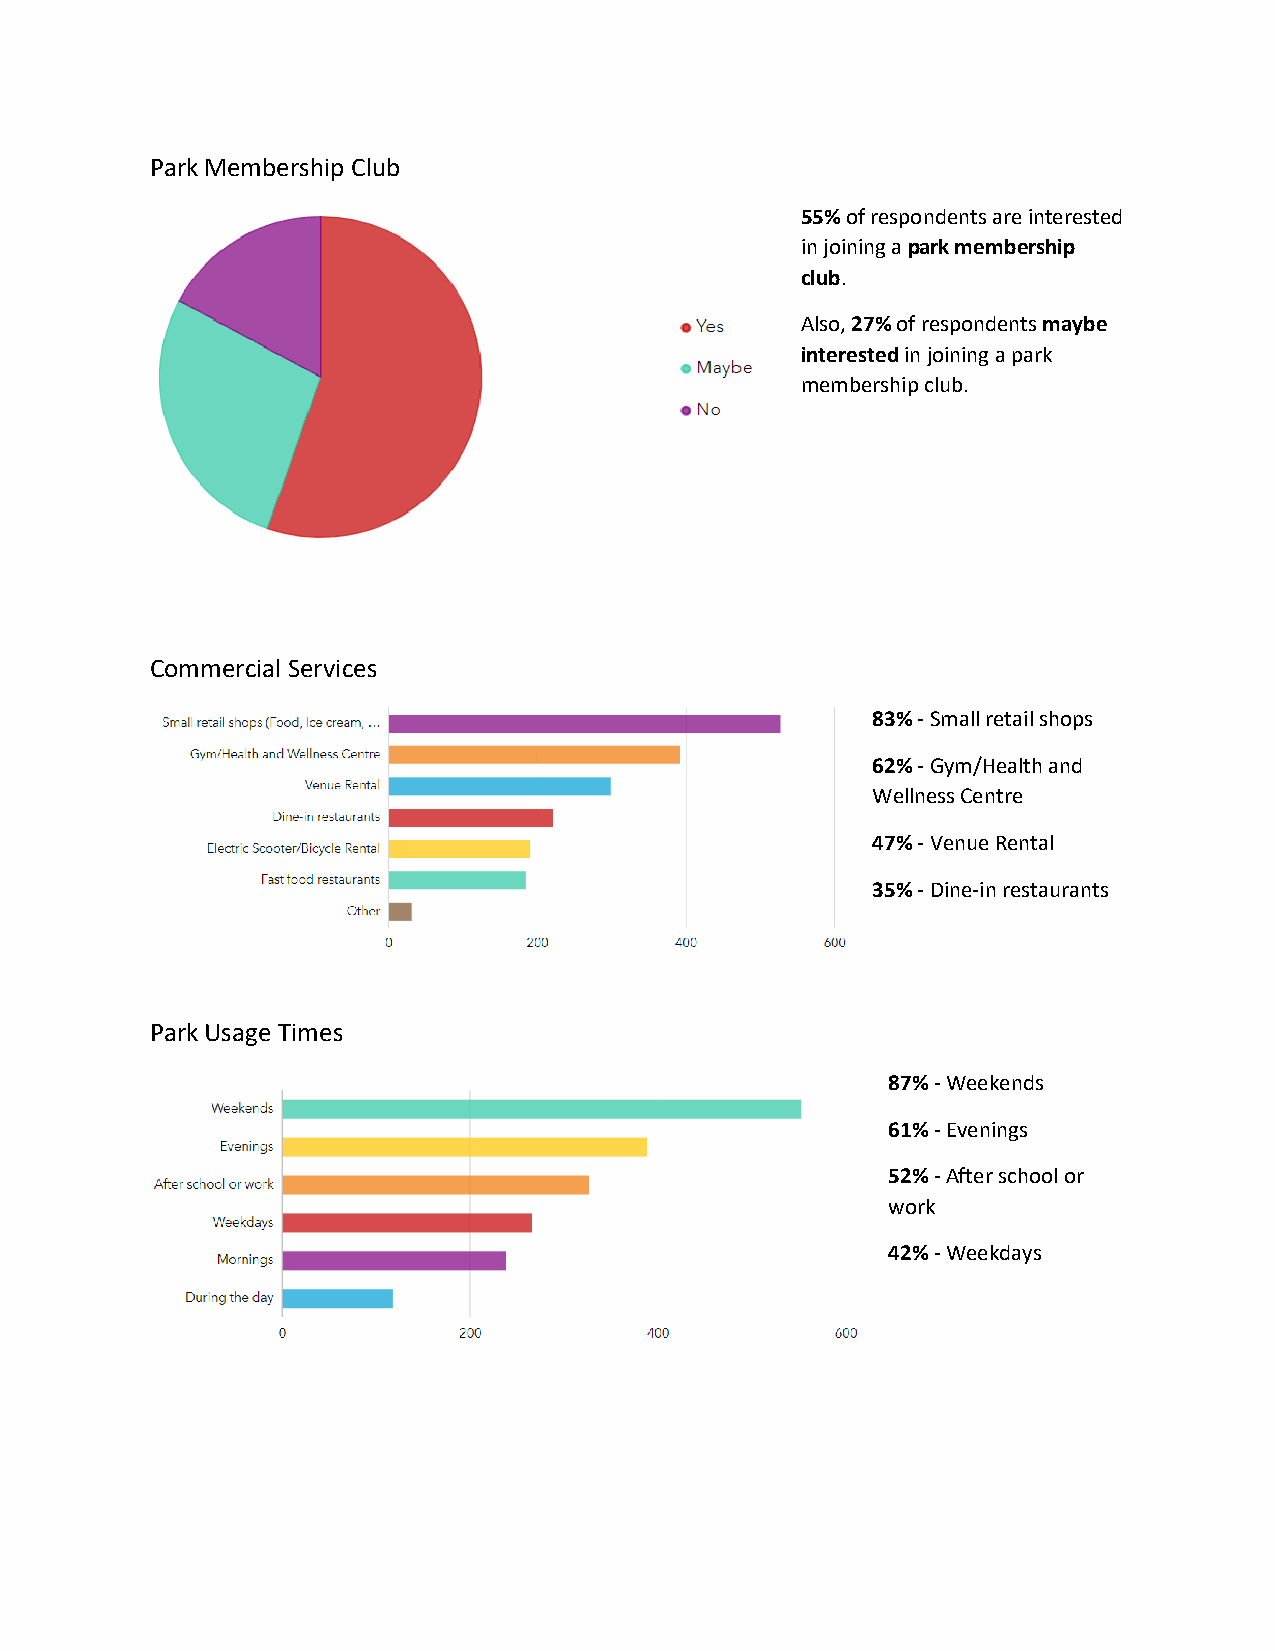
Park Membership Club
 55% of respondents are interested
 in joining a park membership
 club.
 Also, 27% of respondents maybe
 interested in joining a park
 membership club.
 Commercial Services
 83% - Small retail shops
 62% - Gym/Health and
 Wellness Centre
 47% - Venue Rental
 35% - Dine-in restaurants
 Park Usage Times
 87% - Weekends
 61% - Evenings
 52% - After school or
 work
 42% - Weekdays